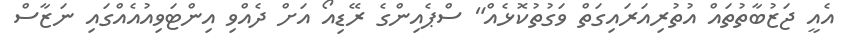
އެއީ ޖަޒުބާތުތައް އުތުރިއަރައިގަތް ވަގުތުކޮޅެއް" ސްޕެއިންގެ ރޭޑިއޯ އަށް ދެއްވި އިންޓަވިއުއެއްގައި ނަޒާސް